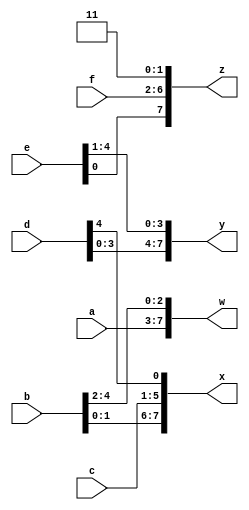
/*Given several input vectors, concatenate them together then split them up into several output vectors. 
There are six 5-bit input vectors: a, b, c, d, e, and f, for a total of 30 bits of input. 
There are four 8-bit output vectors: w, x, y, and z, for 32 bits of output. 
The output should be a concatenation of the input vectors followed by two 1 bits:
*/
module top_module (
    input [4:0] a, b, c, d, e, f,
    output [7:0] w, x, y, z );//

    assign {w,x,y,z} = {a,b,c,d,e,f,2'b11};

endmodule